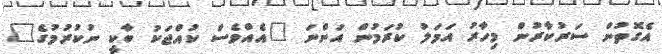
އެގޮތުން ސަރުކާރުން މިހާރު އަމަލު ކުރަމުން އަންނަ "އެއްވެސް ކުއްޖަކު ބާކީ ނުކުރުމުގެ"